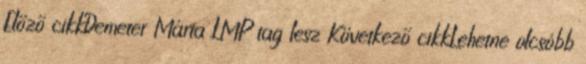
Előző cikkDemeter Márta LMP tag lesz Következő cikkLehetne olcsóbb